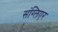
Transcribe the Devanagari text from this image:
संग्लिएर